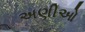
અણીઓ